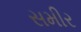
સમીર